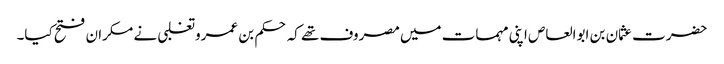
حضرت عثمان بن ابوالعاص اپنی مہمات میں مصروف تھے کہ حکم بن عمرو تغلبی نے مکران فتح کیا۔